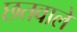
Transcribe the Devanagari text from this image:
छतवाले